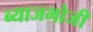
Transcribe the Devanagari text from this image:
ब्याजभोजी